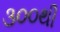
૩૦૦થી